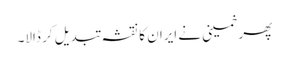
پھر خمینی نے ایران کا نقشہ تبدیل کر ڈالا۔